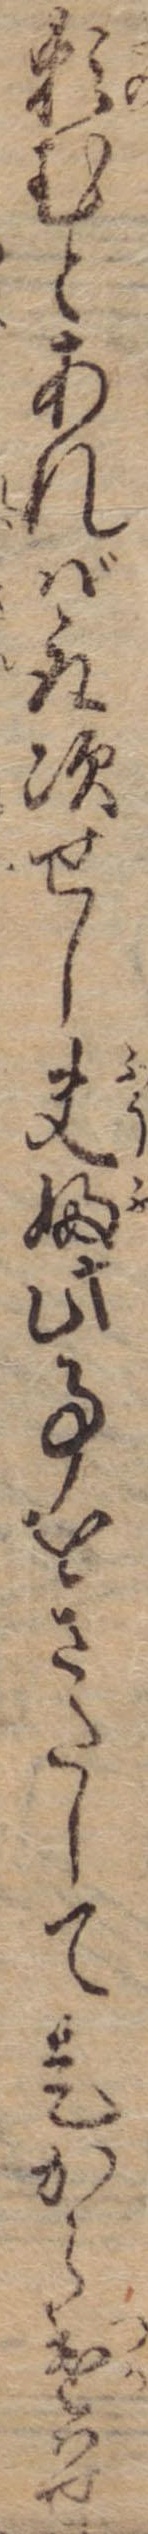
頼むとあれば取次せし夫婦此事をさたして是から遣はせ